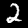
Digit: 2